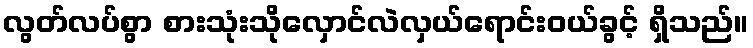
လွတ်လပ်စွာ စားသုံးသိုလှောင်လဲလှယ်ရောင်းဝယ်ခွင့် ရှိသည်။